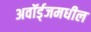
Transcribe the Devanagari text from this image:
अवॉर्ड्‌जमधील